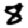
Digit: 8